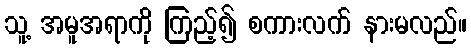
သူ့ အမူအရာကို ကြည့်၍ စကားလက် နားမလည်။